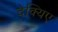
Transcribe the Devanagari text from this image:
देक्यिए